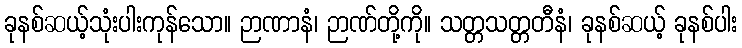
ခုနစ်ဆယ့်သုံးပါးကုန်သော။ ဉာဏာနံ၊ ဉာဏ်တို့ကို။ သတ္တသတ္တတီနံ၊ ခုနစ်ဆယ့် ခုနစ်ပါး